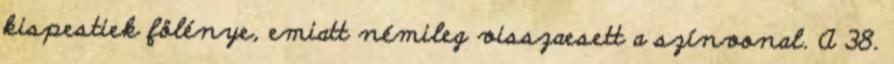
kispestiek fölénye, emiatt némileg visszaesett a színvonal. A 38.